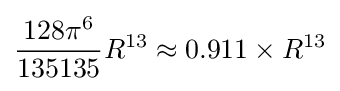
{\frac {128\pi ^{6}}{135135}}R^{13}\approx 0.911\times R^{13}